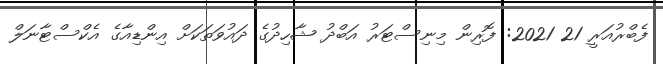
ފެބްރުއަރީ 21 2021: ފޮރިން މިނިސްޓަރު އަބްދު ޝާހިދުގެ ދައުވަތަކަށް އިންޑިއާގެ އެކްސްޓާނަލް